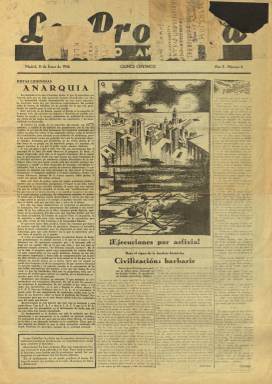
Título: La Protesta (Madrid)
Colección: Anarquismo || Periódicos
Ámbito geográfico: Madrid
Lugar de publicación: Madrid
Fechas: 31/01/1936-31/01/1936

Publicación anarquista semanal de corta vida, dado que comenzó a publicarse a finales de 1935 y no parece que se editaran muchos números. La BNE solo posee uno de ellos, el número 6 correspondiente al 31 de enero de 1936, en vísperas de las elecciones de febrero que darían la victoria al Frente Popular.

   Se trata de un periódico anarquista que toma su título del principal órgano del anarquismo en Argentina. A imitación de éste hubo otras publicaciones tituladas La Protesta en diferentes ciudades españolas antes de 1935, pero ninguno de estos homónimos tuvo demasiada repercusión. En España los principales periódicos de este movimiento fueron, entre otros, Solidaridad Obrera y Tierra y Libertad.

  La Protesta era un periódico claramente doctrinario con artículos de fondo en los que se defendía la ideología anarquista revolucionaria. Constaba de cuatro páginas y se financiaba mediante las aportaciones de sus suscriptores. No incluía publicidad, dado que financiarse mediante anuncios supondría hacer el juego a la burguesía y a la sociedad capitalista.

   En la portada del número que posee la Biblioteca Nacional puede leerse un recuadro en el que el periódico llama directamente a la revolución con motivo de la convocatoria electoral de febrero y pide la colaboración de los socialistas citando las palabras de uno de los líderes del PSOE: ‘Largo Caballero ha dicho que la papeleta electoral no es suficiente (nosotros decimos que es completamente nula) para combatir el fascismo’.

   De acuerdo con su ideología contraria al Estado y a la dialéctica parlamentaria, esta publicación pedía la abstención en las elecciones: ‘Ayer dijimos; ¡Obrero no votes! Hoy repetimos ¡Obrero no votes! Únete en un frente revolucionario y conquista tus derechos hollados hasta hoy por los poderosos de la tierra’.

   Lo cierto es que muchos anarquistas no siguieron en esta ocasión esta consigna y dieron su voto al Frente Popular, lo que en opinión de numerosos analistas hizo que las elecciones se decantaran a favor de la coalición de izquierdas, al contrario de lo ocurrido en 1933.

    Es de suponer que La Protesta no incluía información gráfica o lo hacía raramente, como en la portada del número de la BNE, en la que se puede ver un dibujo que ilustra la ejecución de un negro en Estados Unidos por medio de la asfixia, un ejemplo para el periódico de la barbarie de la civilización capitalista americana.

[Descripción publicada el 17/08/2022]